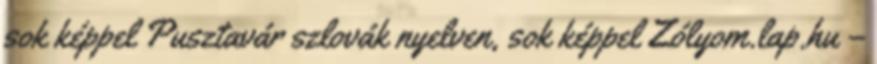
sok képpel Pusztavár szlovák nyelven, sok képpel Zólyom.lap.hu –